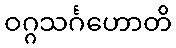
ဝဂ္ဂသင်္ဂဟောတိ